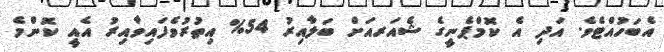
އެބަހުއްޓެވެ. އަދި އެ ކޮމްޕެނީގެ ޝެއަރއަށް ބަލާއިރު 54% އިތުރުވެފައިވާއިރު އެއީ ކޮންމެ